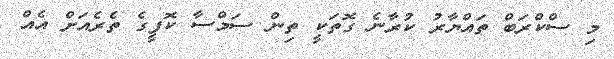
މި ސްކްރަބް ތައްޔާރު ކުރާނެ ގޮތަކީ ތިން ސަމްސާ ކޮފީގެ ތެރެއަށް އެއް